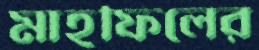
মাহফিলের